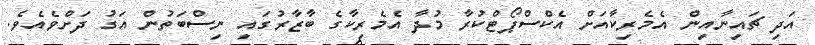
އަދި ޗައިނާއިން އެމެރިކާއަށް އެކްސްޕޯޓްކުރާ މުދާ އެމެރިކާގެ ބާޒާރުގައި ނިސްބަތުން އަގު ދަށްވެއެވެ.